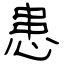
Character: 患